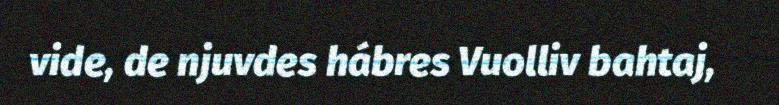
vide, de njuvdes hábres Vuolliv bahtaj,